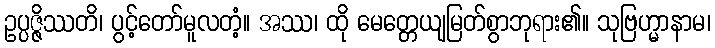
ဥပ္ပဇ္ဇိဿတိ၊ ပွင့်တော်မူလတံ့။ အဿ၊ ထို မေတ္တေယျမြတ်စွာဘုရား၏။ သုဗြဟ္မာနာမ၊